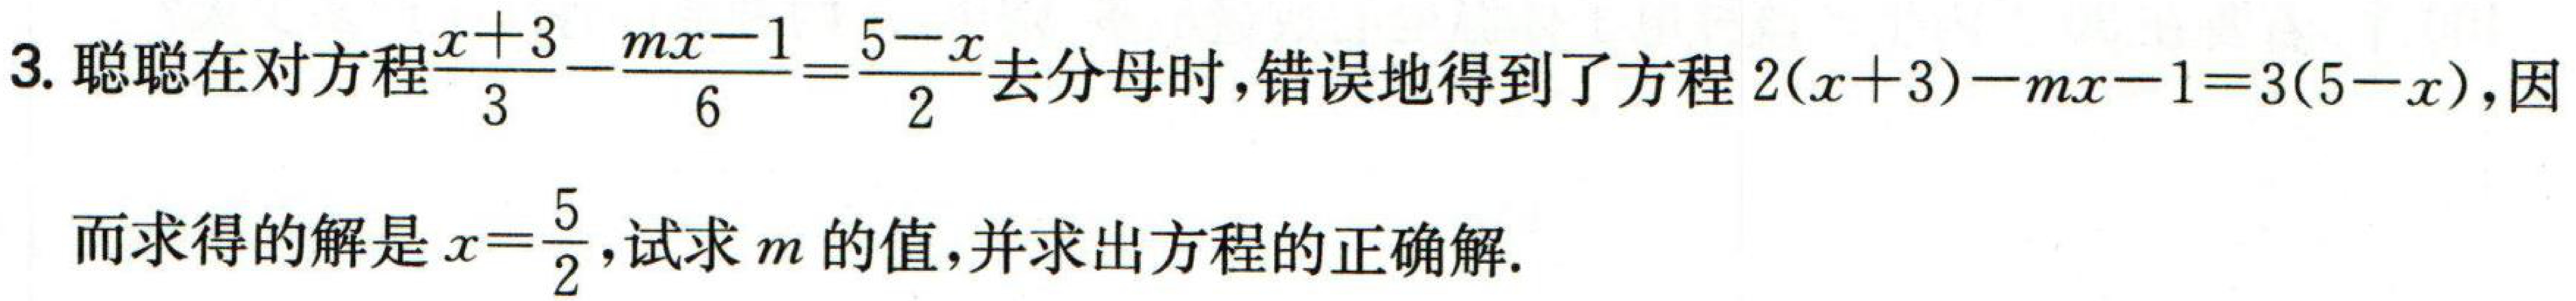
3. 聪聪在对方程$\frac{x + 3}{3}-\frac{mx - 1}{6}=\frac{5 - x}{2}$去分母时，错误地得到了方程$2(x + 3)-mx - 1 = 3(5 - x)$，因而求得的解是$x=\frac{5}{2}$，试求$m$的值，并求出方程的正确解.